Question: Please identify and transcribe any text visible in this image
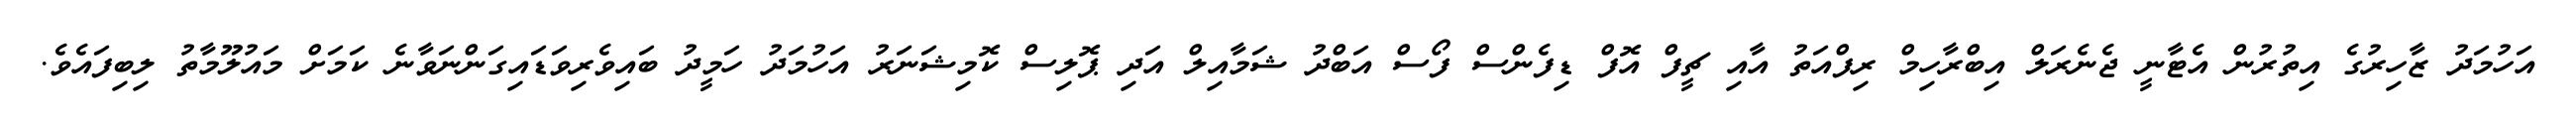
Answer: އަހުމަދު ޒާހިރުގެ އިތުރުން އެޓާނީ ޖެނެރަލް އިބްރާހިމް ރިފްއަތު އާއި ޗީފް އޮފް ޑިފެންސް ފޯސް އަބްދު ޝަމާއިލް އަދި ޕޮލިސް ކޮމިޝަނަރު އަހުމަދު ހަމީދު ބައިވެރިވަޑައިގަންނަވާނެ ކަމަށް މައުލޫމާތު ލިބިފައެވެ.